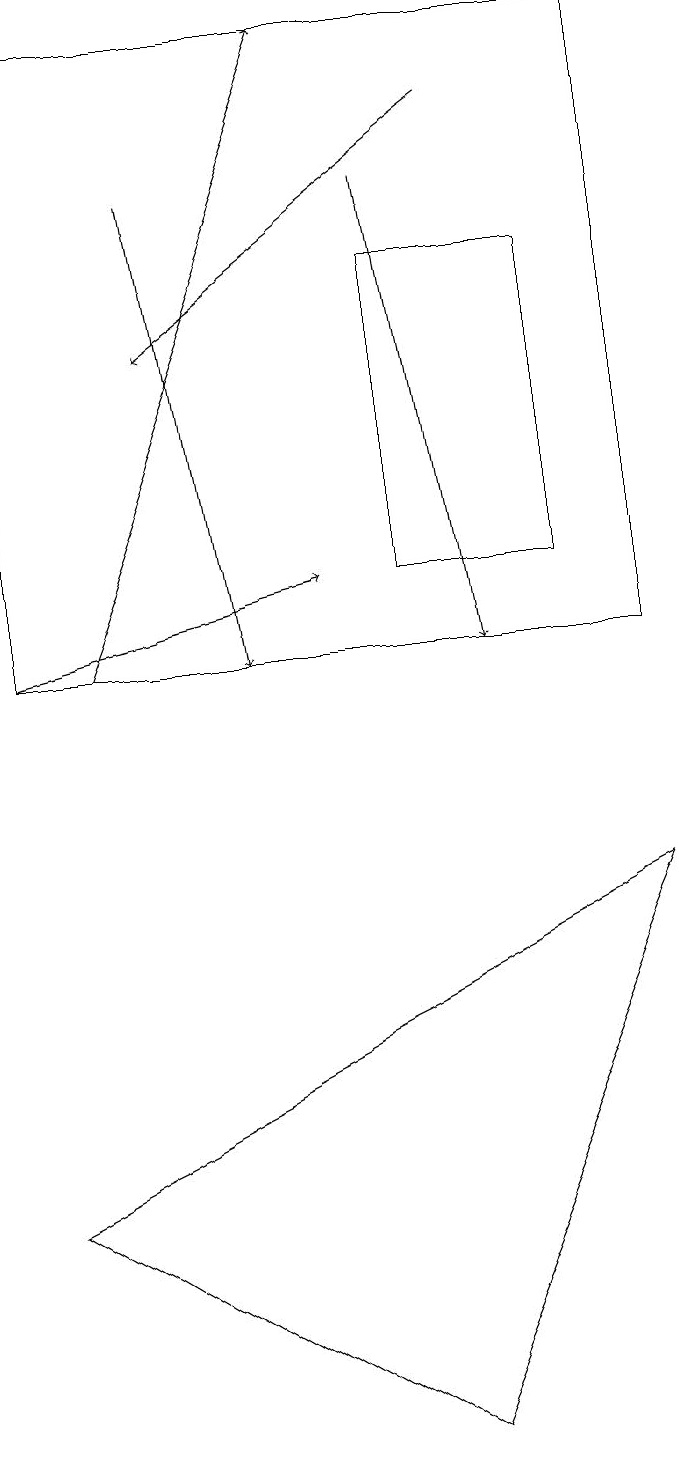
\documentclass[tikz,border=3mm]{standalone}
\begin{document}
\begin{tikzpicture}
\draw[->] (1,11) -- (5,12);
\draw (9,19) rectangle (1,11);
\draw[->] (3,17) -- (4,11);
\draw (9,8) -- (6,1) -- (1,4) -- cycle;
\draw (8,12) rectangle (6,16);
\draw[->] (7,18) -- (3,15);
\draw[->] (6,17) -- (7,11);
\draw[->] (2,11) -- (5,19);
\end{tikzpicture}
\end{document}